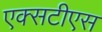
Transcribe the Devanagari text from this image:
एक्सटीएस